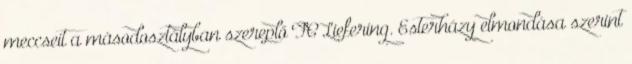
meccseit a másodosztályban szereplő FC Liefering. Esterházy elmondása szerint